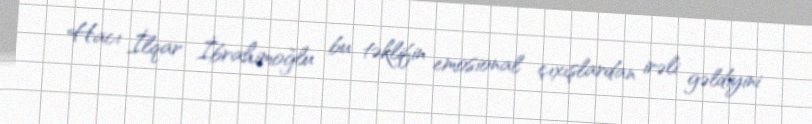
Hacı İlqar İbrahimoğlu bu təklifin emosional çıxışlardan irəli gəldiyini